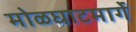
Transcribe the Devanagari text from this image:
मोळघाटमार्गे